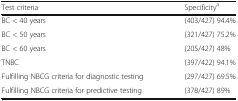
<table><thead><tr><td><b>Test criteria</b></td><td><b>Specificity<sup>a</sup></b></td></tr></thead><tbody><tr><td>BC &lt; 40 years</td><td>(403/427) 94.4%</td></tr><tr><td>BC &lt; 50 years</td><td>(321/427) 75.2%</td></tr><tr><td>BC &lt; 60 years</td><td>(205/427) 48%</td></tr><tr><td>TNBC</td><td>(397/422) 94.1%</td></tr><tr><td>Fulfilling NBCG criteria for diagnostic testing</td><td>(297/427) 69.5%</td></tr><tr><td>Fulfilling NBCG criteria for predictive testing</td><td>(378/427) 89%</td></tr></tbody></table>